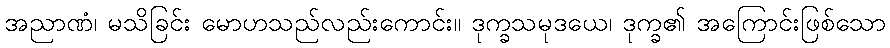
အညာဏံ၊ မသိခြင်း မောဟသည်လည်းကောင်း။ ဒုက္ခသမုဒယေ၊ ဒုက္ခ၏ အကြောင်းဖြစ်သော